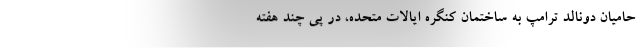
حامیان دونالد ترامپ به ساختمان کنگرهٔ ایالات متحده، در پی چند هفته